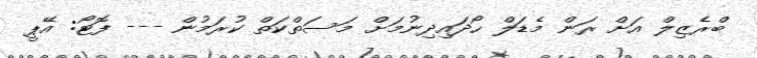
ބްރެޒިލް އަށް ރަން މެޑަލް ހޯދައިދިނުމަށް މަސަތްކަތް ކުރަމުން --- ފޮޓޯ: އޭޕީ